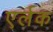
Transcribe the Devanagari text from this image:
एर्लक